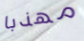
مهذبا